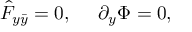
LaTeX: \hat { F } _ { y \bar { y } } = 0 , ~ ~ ~ ~ \partial _ { y } \Phi = 0 ,